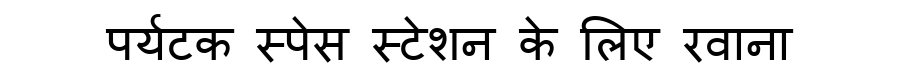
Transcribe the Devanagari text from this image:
पर्यटक स्पेस स्टेशन के लिए रवाना